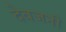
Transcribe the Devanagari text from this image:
देवजनी